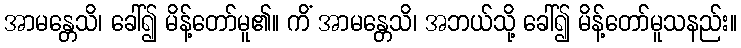
အာမန္တေသိ၊ ခေါ်၍ မိန့်တော်မူ၏။ ကိံ အာမန္တေသိ၊ အဘယ်သို့ ခေါ်၍ မိန့်တော်မူသနည်း။